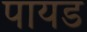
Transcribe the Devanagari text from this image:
पायड